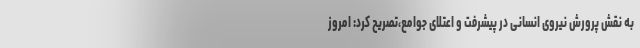
به نقش پرورش نیروی انسانی در پیشرفت و اعتلای جوامع،تصریح کرد: امروز